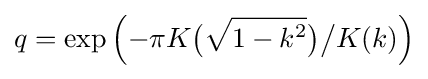
q=\exp \left({-\pi K{\bigl (}{\sqrt {\textstyle 1-k^{2}}}{\bigr )}{\big /}K(k)}\right)